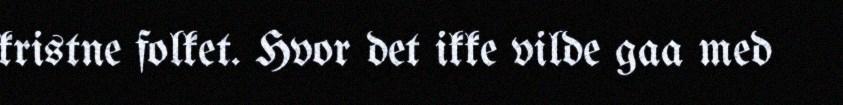
kristne folket. Hvor det ikke vilde gaa med